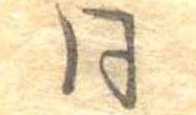
同